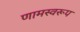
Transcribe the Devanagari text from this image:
णामस्वरूप